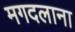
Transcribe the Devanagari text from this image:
मगदलाना